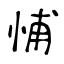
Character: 悑